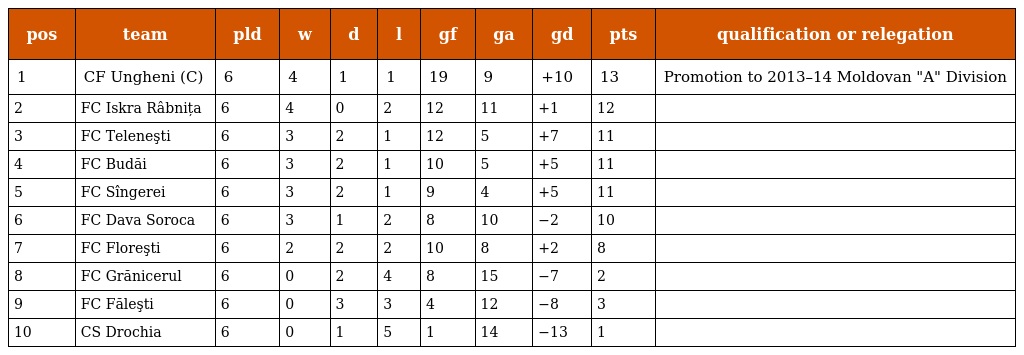
| pos | team | pld | w | d | l | gf | ga | gd | pts | qualification or relegation |
 | --- | --- | --- | --- | --- | --- | --- | --- | --- | --- | --- |
 | 1 | CF Ungheni (C) | 6 | 4 | 1 | 1 | 19 | 9 | +10 | 13 | Promotion to 2013–14 Moldovan "A" Division |
 | 2 | FC Iskra Râbnița | 6 | 4 | 0 | 2 | 12 | 11 | +1 | 12 |  |
 | 3 | FC Teleneşti | 6 | 3 | 2 | 1 | 12 | 5 | +7 | 11 |  |
 | 4 | FC Budăi | 6 | 3 | 2 | 1 | 10 | 5 | +5 | 11 |  |
 | 5 | FC Sîngerei | 6 | 3 | 2 | 1 | 9 | 4 | +5 | 11 |  |
 | 6 | FC Dava Soroca | 6 | 3 | 1 | 2 | 8 | 10 | −2 | 10 |  |
 | 7 | FC Floreşti | 6 | 2 | 2 | 2 | 10 | 8 | +2 | 8 |  |
 | 8 | FC Grănicerul | 6 | 0 | 2 | 4 | 8 | 15 | −7 | 2 |  |
 | 9 | FC Făleşti | 6 | 0 | 3 | 3 | 4 | 12 | −8 | 3 |  |
 | 10 | CS Drochia | 6 | 0 | 1 | 5 | 1 | 14 | −13 | 1 |  |